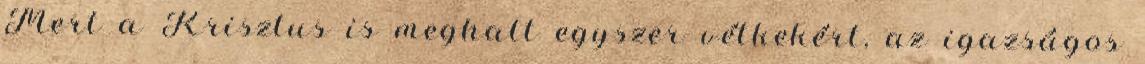
Mert a Krisztus is meghalt egyszer vétkekért, az igazságos